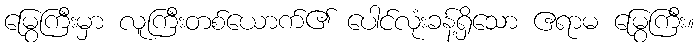
မြွေကြီးမှာ လူကြီးတစ်ယောက်၏ ပေါင်လုံးခန့်ရှိသော ဧရာမ မြွေကြီး။